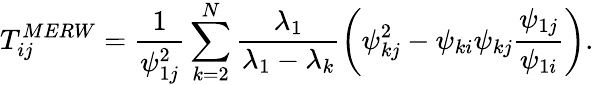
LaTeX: T_{ij}^{MERW}=\frac{1}{\psi_{1j}^{2}}\sum_{k=2}^{N}\frac{\lambda_{1}}{\lambda_{1}-\lambda_{k}}\left(\psi_{kj}^{2}-\psi_{ki}\psi_{kj}\frac{\psi_{1j}}{\psi_{1i}}\right).